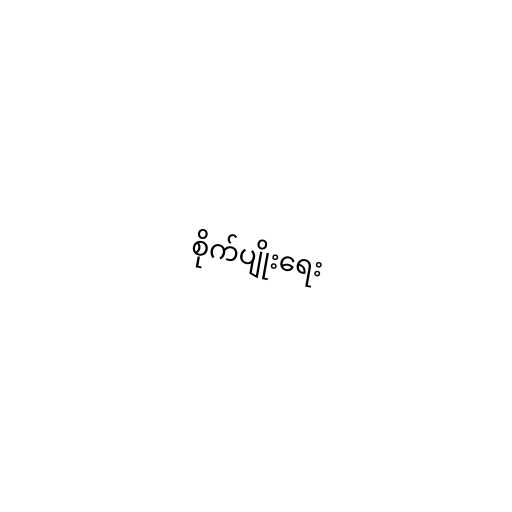
စိုက်ပျိုးရေး